Report of the Indian Hemp Drugs Commission, 1894-1895 - Volume I
Year: 1894
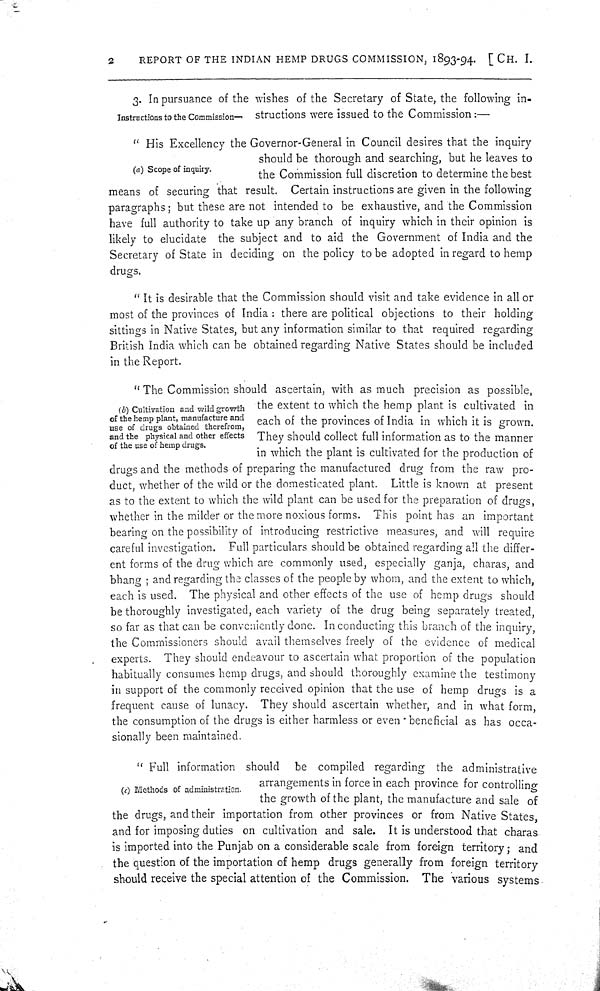
2
REPORT OF THE INDIAN HEMP DRUGS COMMISSION, 1893-94. [CH. I.
Instructions to the Commission—
3. In pursuance of the wishes of the Secretary of State, the following in-
structions were issued to the Commission:—
(a) Scope of inquiry.
"His Excellency the Governor-General in Council desires that the inquiry
should be thorough and searching, but he leaves to
the Commission full discretion to determine the best
means of securing that result. Certain instructions are given in the following
paragraphs; but these are not intended to be exhaustive, and the Commission
have full authority to take up any branch of inquiry which in their opinion is
likely to elucidate the subject and to aid the Government of India and the
Secretary of State in deciding on the policy to be adopted in regard to hemp
drugs.
"It is desirable that the Commission should visit and take evidence in all or
most of the provinces of India: there are political objections to their holding
sittings in Native States, but any information similar to that required regarding
British India which can be obtained regarding Native States should be included
in the Report.
(b) Cultivation and wild growth
of the hemp plant, manufacture and
use of drugs obtained therefrom,
and the physical and other effects
of the use of hemp drugs.
"The Commission should ascertain, with as much precision as possible,
the extent to which the hemp plant is cultivated in
each of the provinces of India in which it is grown.
They should collect full information as to the manner
in which the plant is cultivated for the production of
drugs and the methods of preparing the manufactured drug from the raw pro-
duct, whether of the wild or the domesticated plant. Little is known at present
as to the extent to which the wild plant can be used for the preparation of drugs,
whether in the milder or the more noxious forms. This point has an important
bearing on the possibility of introducing restrictive measures, and will require
careful investigation. Full particulars should be obtained regarding all the differ-
ent forms of the drug which are commonly used, especially ganja, charas, and
bhang; and regarding the classes of the people by whom, and the extent to which,
each is used. The physical and other effects of the use of hemp drugs should
be thoroughly investigated, each variety of the drug being separately treated,
so far as that can be conveniently done. In conducting this branch of the inquiry,
the Commissioners should avail themselves freely of the evidence of medical
experts. They should endeavour to ascertain what proportion of the population
habitually consumes hemp drugs, and should thoroughly examine the testimony
in support of the commonly received opinion that the use of hemp drugs is a
frequent cause of lunacy. They should ascertain whether, and in what form,
the consumption of the drugs is either harmless or even beneficial as has occa-
sionally been maintained.
(c) Methods of administration.
"Full information should be compiled regarding the administrative
arrangements in force in each province for controlling
the growth of the plant, the manufacture and sale of
the drugs, and their importation from other provinces or from Native States,
and for imposing duties on cultivation and sale. It is understood that charas
is imported into the Punjab on a considerable scale from foreign territory; and
the question of the importation of hemp drugs generally from foreign territory
should receive the special attention of the Commission. The various systems